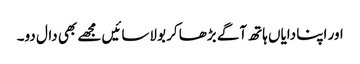
اور اپنا دایاں ہاتھ آگے بڑھا کر بولاسائیں مجھے بھی دال دو۔